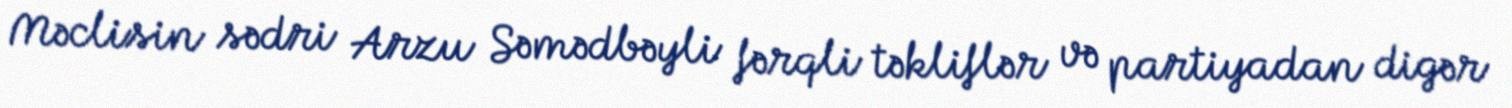
Məclisin sədri Arzu Səmədbəyli fərqli təkliflər və partiyadan digər